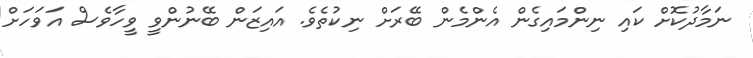
ނަމާދުކޮށް ކައި ނިންމައިގެން އެންމެން ބޭރަށް ނިކުތެވެ. އައިޒަން ބޭނުންވީ ވީހާވެސް އަވަހަށް